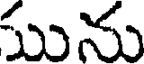
మును